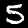
Digit: 5